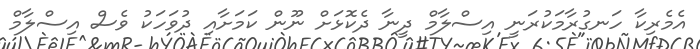
އެމެރިކާ ހަނގުރާމަކުރަނީ އިސްލާމް ދީނާ ދެކޮޅަށް ނޫން ކަމަށާއި ދުވަހަކު ވެސް އިސްލާމް